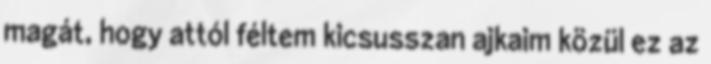
magát, hogy attól féltem kicsusszan ajkaim közül ez az